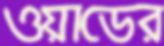
ওয়াডের